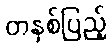
တနှစ်ပြည့်